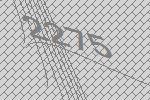
2275